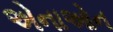
એનાઓન